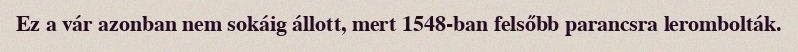
Ez a vár azonban nem sokáig állott, mert 1548-ban felsőbb parancsra lerombolták.